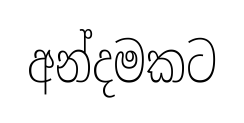
අන්දමකට